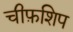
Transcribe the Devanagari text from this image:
चीफ़शिप